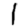
Digit: 1